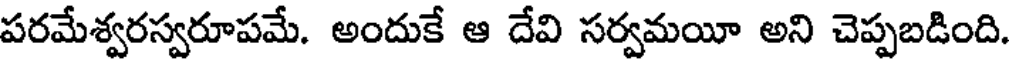
పరమేశ్వరస్వరూపమే. అందుకే ఆ దేవి సర్వమయీ అని చెప్పబడింది.